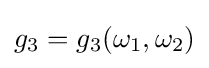
g_{3}=g_{3}(\omega _{1},\omega _{2})